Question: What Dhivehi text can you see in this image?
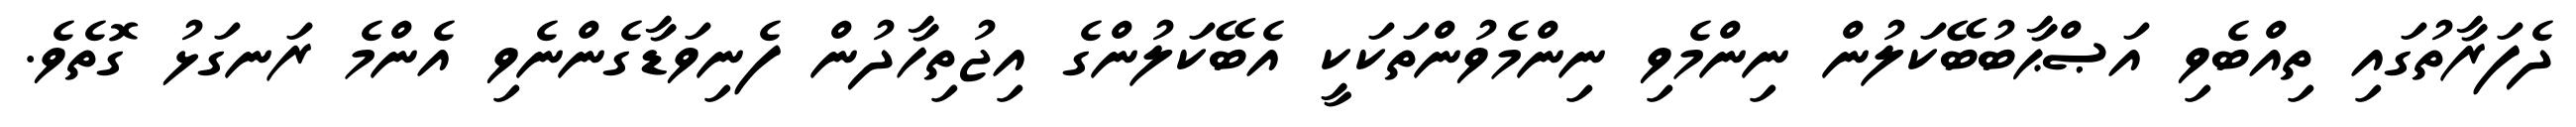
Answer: ދެފަރާތުގައި ތިއްބެވި އަޞްޙާބުބޭކަލުން ނިންމެވި ނިންމެވުންތަކަކީ އެބޭކަލުންގެ އިޖުތިހާދުން ފެނިވަޑާގެންނެވި އެންމެ ރަނގަޅު ގޮތެވެ.